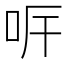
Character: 𠰑